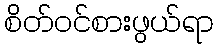
စိတ်ဝင်စားဖွယ်ရာ